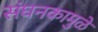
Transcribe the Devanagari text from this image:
संघनकामुळे